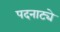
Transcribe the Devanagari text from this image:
पदनाट्ये